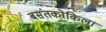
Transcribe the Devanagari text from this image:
बसंतकोकिला